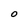
Character: O